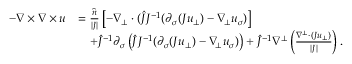
\begin{array} { r l } { - \nabla \times \nabla \times u } & { = \frac { \widehat { n } } { | J | } \left[ - \nabla _ { \bot } \cdot ( \widehat { J } J ^ { - 1 } ( \partial _ { \sigma } ( J u _ { \bot } ) - \nabla _ { \! \bot } u _ { \sigma } ) \right] } \\ & { \quad + \widehat { J } ^ { - 1 } \partial _ { \sigma } \left( \widehat { J } J ^ { - 1 } ( \partial _ { \sigma } ( J u _ { \bot } ) - \nabla _ { \! \bot } u _ { \sigma } ) \right) + \widehat { J } ^ { - 1 } \nabla ^ { \bot } \left( \frac { \nabla ^ { \bot } \cdot ( J u _ { \bot } ) } { | J | } \right) . } \end{array}